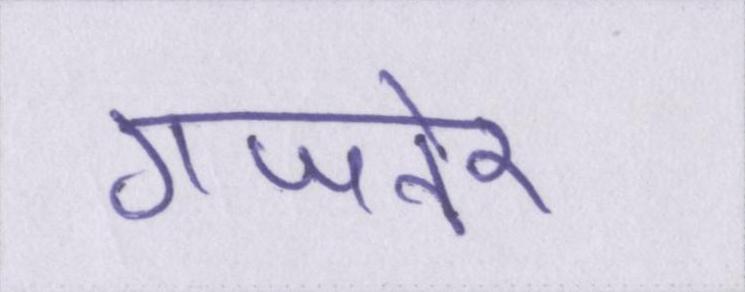
गजनेर